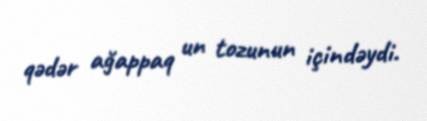
qədər ağappaq un tozunun içindəydi.